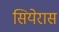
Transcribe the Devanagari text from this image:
सियेरास